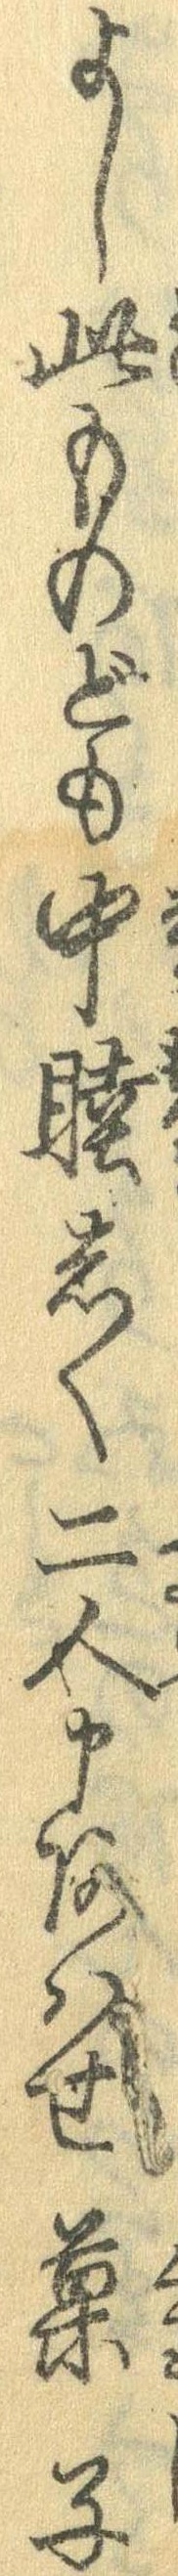
よし此ものども中睦しく二人申あはせ菓子